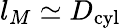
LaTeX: l_{M}\simeq D_{\textrm{cyl}}